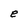
Character: e